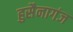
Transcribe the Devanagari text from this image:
हुसैनागंज